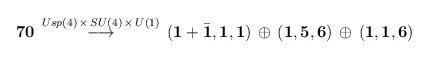
LaTeX: \begin{align*}{\bf 70} \, \stackrel{Usp(4) \, \times \, SU(4) \, \times \, U(1)}{\longrightarrow}\, \left( {\bf 1}+{\bar {\bf 1}},{\bf 1},{\bf 1}\right) \, \oplus\, \left( {\bf 1} ,{\bf 5},{\bf 6}\right) \, \oplus \,\left( {\bf 1} ,{\bf 1},{\bf 6}\right)\end{align*}